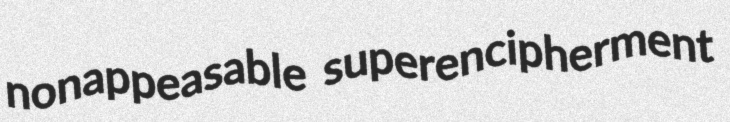
nonappeasable superencipherment